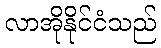
လာအိုနိုင်ငံသည်